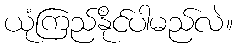
ယုံကြည်နိုင်ပါမည်လဲ။